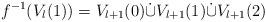
LaTeX: \begin{align*}f^{-1}(V_l(1))=V_{l+1}(0)\dot\cup V_{l+1}(1) \dot\cup V_{l+1}(2)\end{align*}